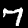
Label: 7